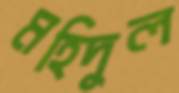
মহিদুল